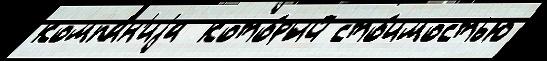
компа́н'иjа  кото́рый сто́имостью